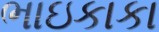
ભાઇકાકા